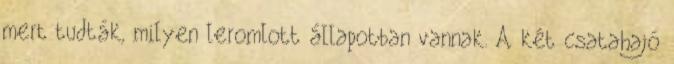
mert tudták, milyen leromlott állapotban vannak. A két csatahajó